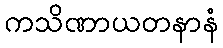
ကသိဏာယတနာနံ